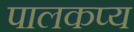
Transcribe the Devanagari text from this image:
पालकप्य